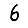
Digit: 6